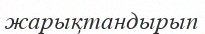
жарықтандырып